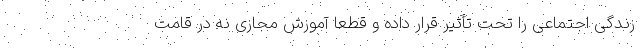
زندگی اجتماعی را تحت تأثیر قرار داده و قطعاً آموزش مجازی نه در قامت